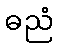
ဓညံ